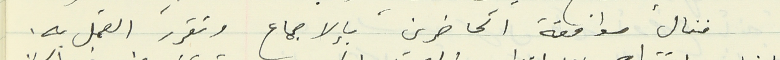
فنال موافقة الحاضرين بالإجماع وتقرر العمل به.